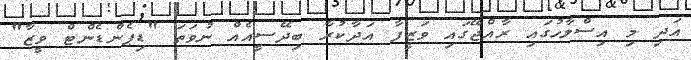
އަދި މި އިސްލާހުގައި ރާއްޖޭގައި ވަޒީފާ އަދާކުރާ ބިދޭސީއެއް ނުވަތަ "ޑިޕެންޑެންޓް ވީޒާ"